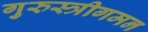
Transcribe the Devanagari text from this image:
गुरुस्त्रीगमन